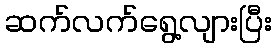
ဆက်လက်ရွေ့လျားပြီး